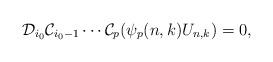
LaTeX: \begin{align*} \mathcal D_{i_0} \mathcal C_{i_0-1} \cdots \mathcal C_{p} (\psi_{p} (n,k)U_{n,k}) = 0,\end{align*}